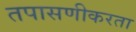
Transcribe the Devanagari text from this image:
तपासणीकरता